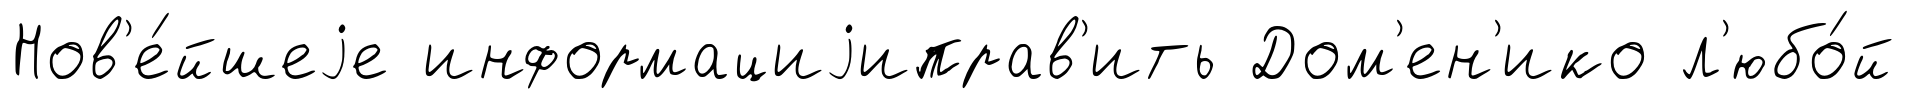
Нов'е́йшеjе информациjиправ'ить Дом'ен'ико л'юбо́й